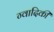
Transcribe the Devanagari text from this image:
ग्वादिकी